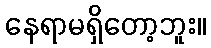
နေရာမရှိတော့ဘူး။